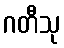
ဂတီသု